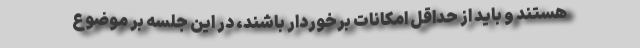
هستند و باید از حداقل امکانات برخوردار باشند، در این جلسه بر موضوع